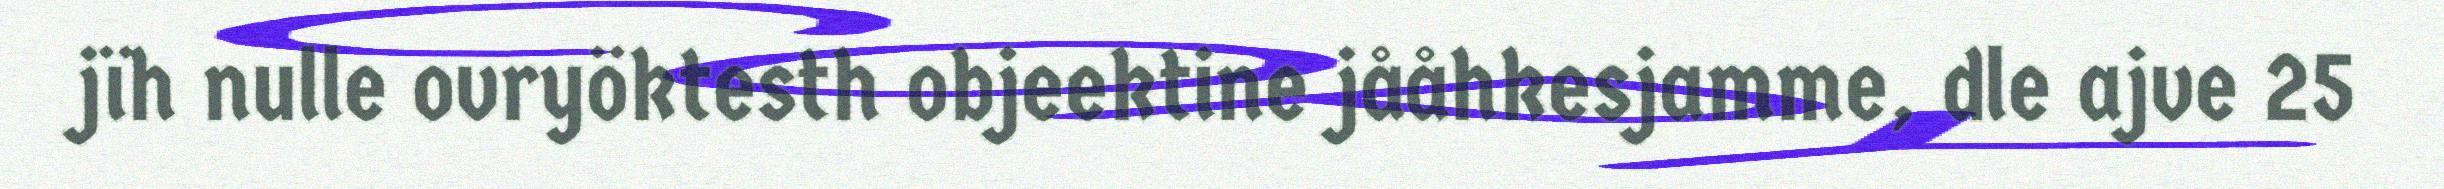
jïh nulle ovryöktesth objeektine jååhkesjamme, dle ajve 25